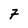
Character: 7